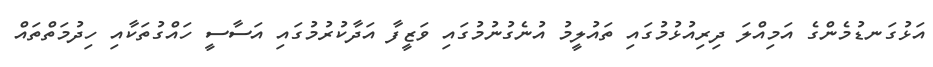
އަޅުގަނޑުމެންގެ އަމިއްލަ ދިރިއުޅުމުގައި ތައުލީމު އުނެގުނުމުގައި ވަޒީފާ އަދާކުރުމުގައި އަސާސީ ހައްގުތަކާއި ހިދުމަތްތައް